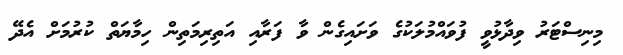
މިނިސްޓަރު ވިދާޅުވީ ފުވައްމުލަކުގެ ވަށައިގެން ވާ ފަރާއި އަތިރިމަތިން ހިމާޔަތް ކުރުމަށް އެދޭ